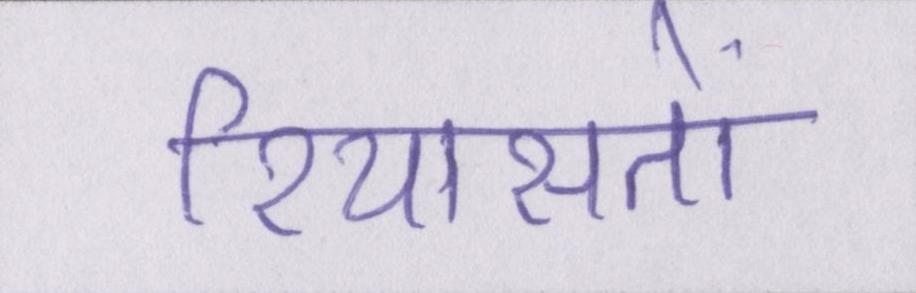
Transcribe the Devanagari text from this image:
रियासतों